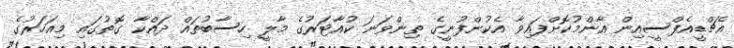
އެޗްޑީއެފްސީއިން އާންމުކޮށްފައިވާ އެކުންފުނީގެ ތިންވަނަ ކުއާޓަރުގެ މާލީ ހިސާބުތައް ދައްކާ ގޮތުގައި މިއަހަރުގެ